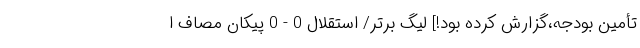
تأمین بودجه،گزارش کرده بود!] لیگ برتر/ استقلال 0 - 0 پیکان مصاف ا